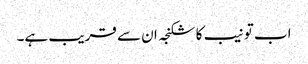
اب تو نیب کا شکنجہ ان سے قریب ہے۔